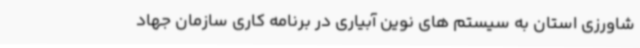
شاورزی استان به سیستم های نوین آبیاری در برنامه کاری سازمان جهاد